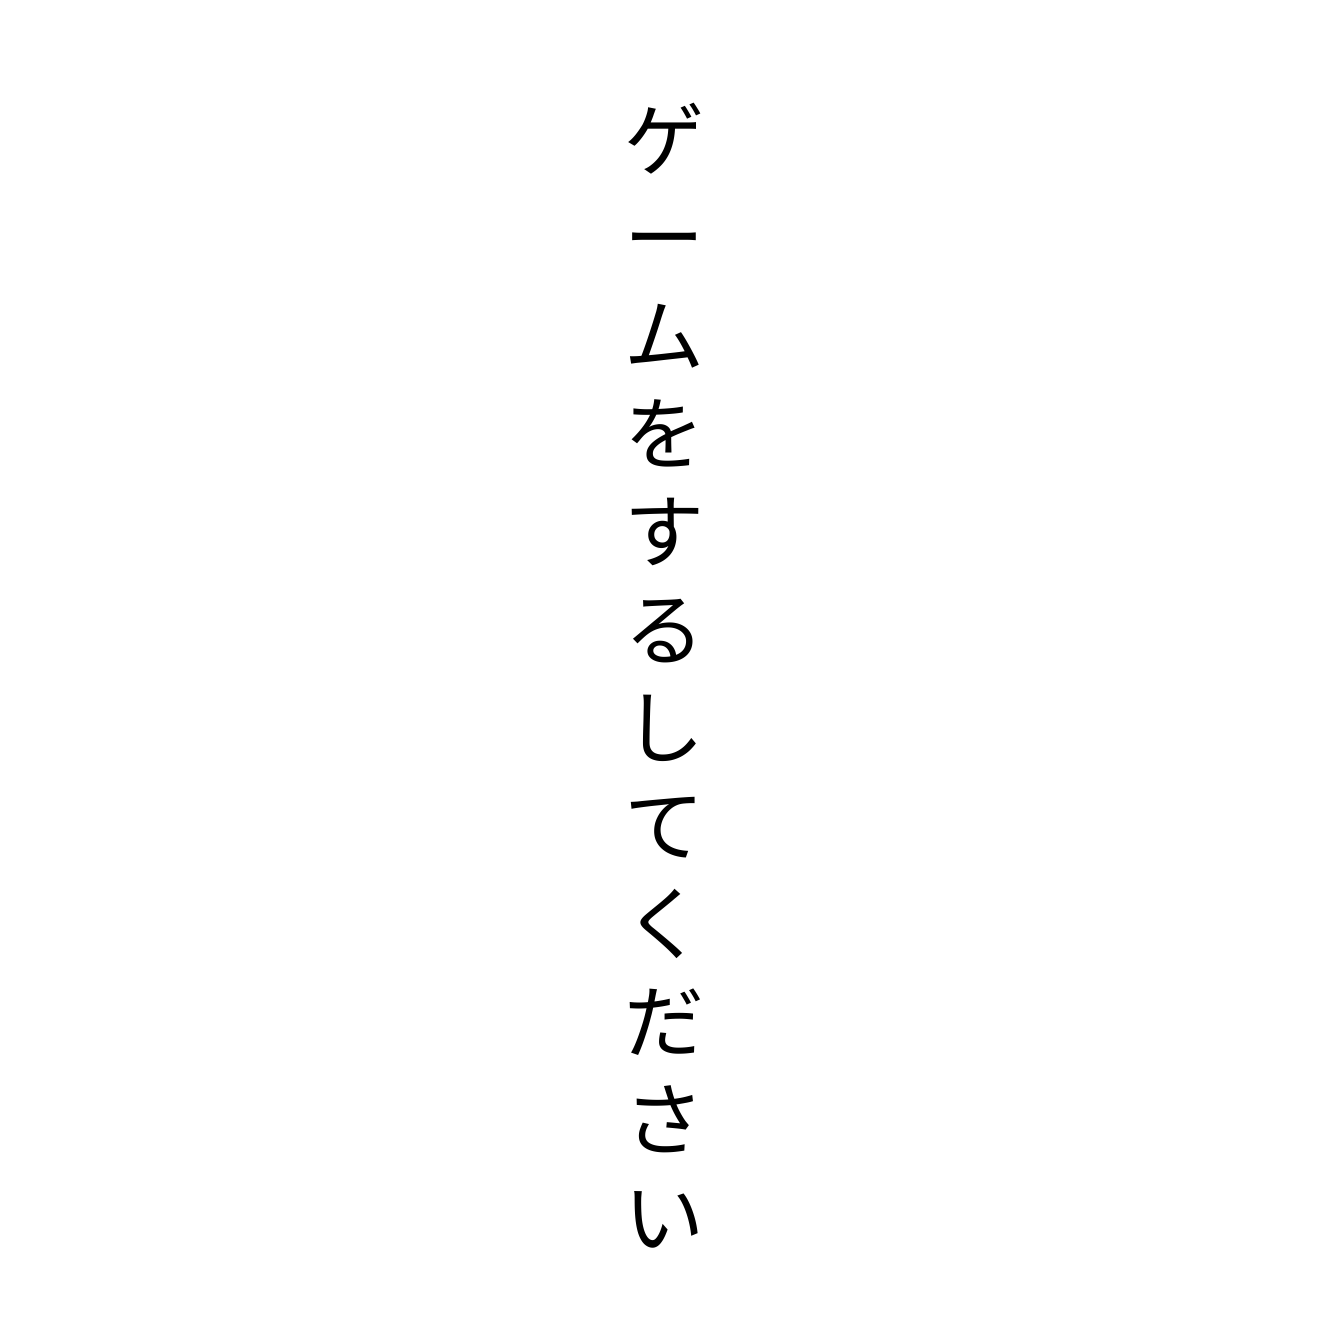
ゲームをするしてください